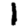
Digit: 1